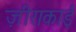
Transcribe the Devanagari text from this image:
ज़ीराकाई